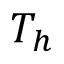
T _ { h }